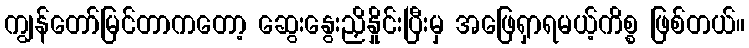
ကျွန်တော်မြင်တာကတော့ ဆွေးနွေးညှိနှိုင်းပြီးမှ အဖြေရှာရမယ့်ကိစ္စ ဖြစ်တယ်။